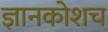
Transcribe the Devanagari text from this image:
ज्ञानकोशच